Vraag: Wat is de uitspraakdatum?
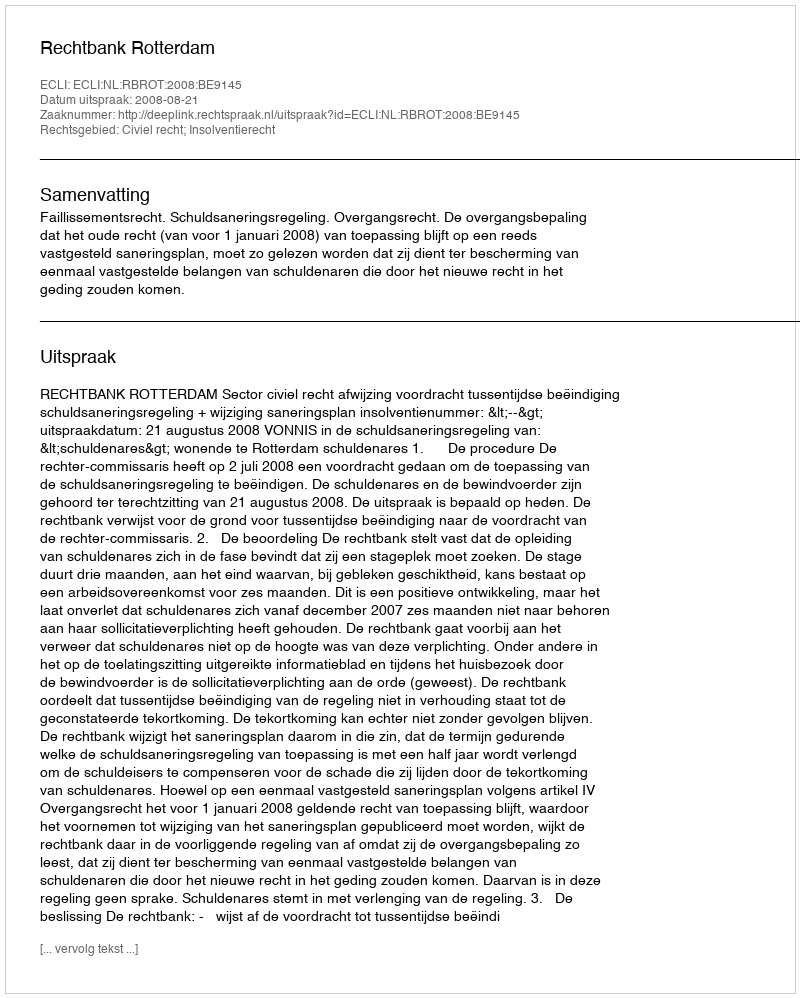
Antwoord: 2008-08-21